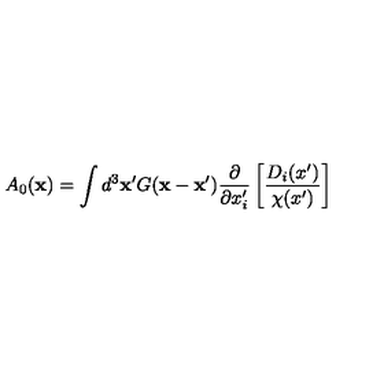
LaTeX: A _ { 0 } ( { \bf x } ) = \int d ^ { 3 } { \bf x } ^ { \prime } G ( { \bf x } - { \bf x } ^ { \prime } ) \frac { \partial } { \partial x _ { i } ^ { \prime } } \left[ \frac { D _ { i } ( x ^ { \prime } ) } { \chi ( x ^ { \prime } ) } \right]